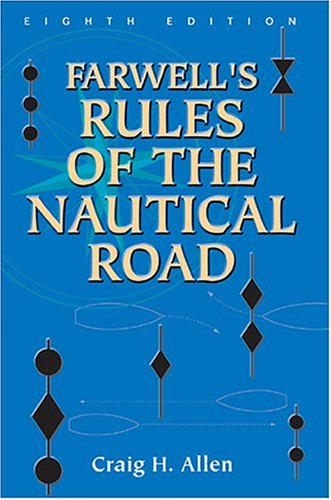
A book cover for Farwell's Rules of the Nautical Road; Craig H. Allen; Test Preparation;